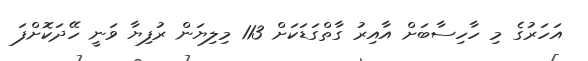
އަހަރުގެ މި ހާހިސާބަށް އާއިރު ގާތްގަޑަކަށް 113 މިލިޔަން ރުފިޔާ ވަނީ ހޭދަކޮށްފަ